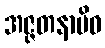
အဇ္ဇတနာမိဝ